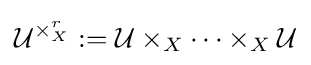
{\mathcal {U}}^{\times _{X}^{r}}:={\mathcal {U}}\times _{X}\dots \times _{X}{\mathcal {U}}